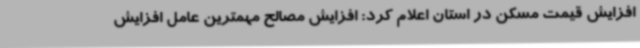
افزایش قیمت مسکن در استان اعلام کرد: افزایش مصالح مهمترین عامل افزایش